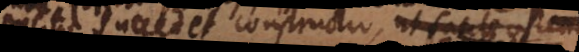
posito succedet constructio, ut facile ostendi